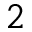
2